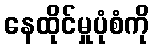
နေထိုင်မှုပုံစံကို